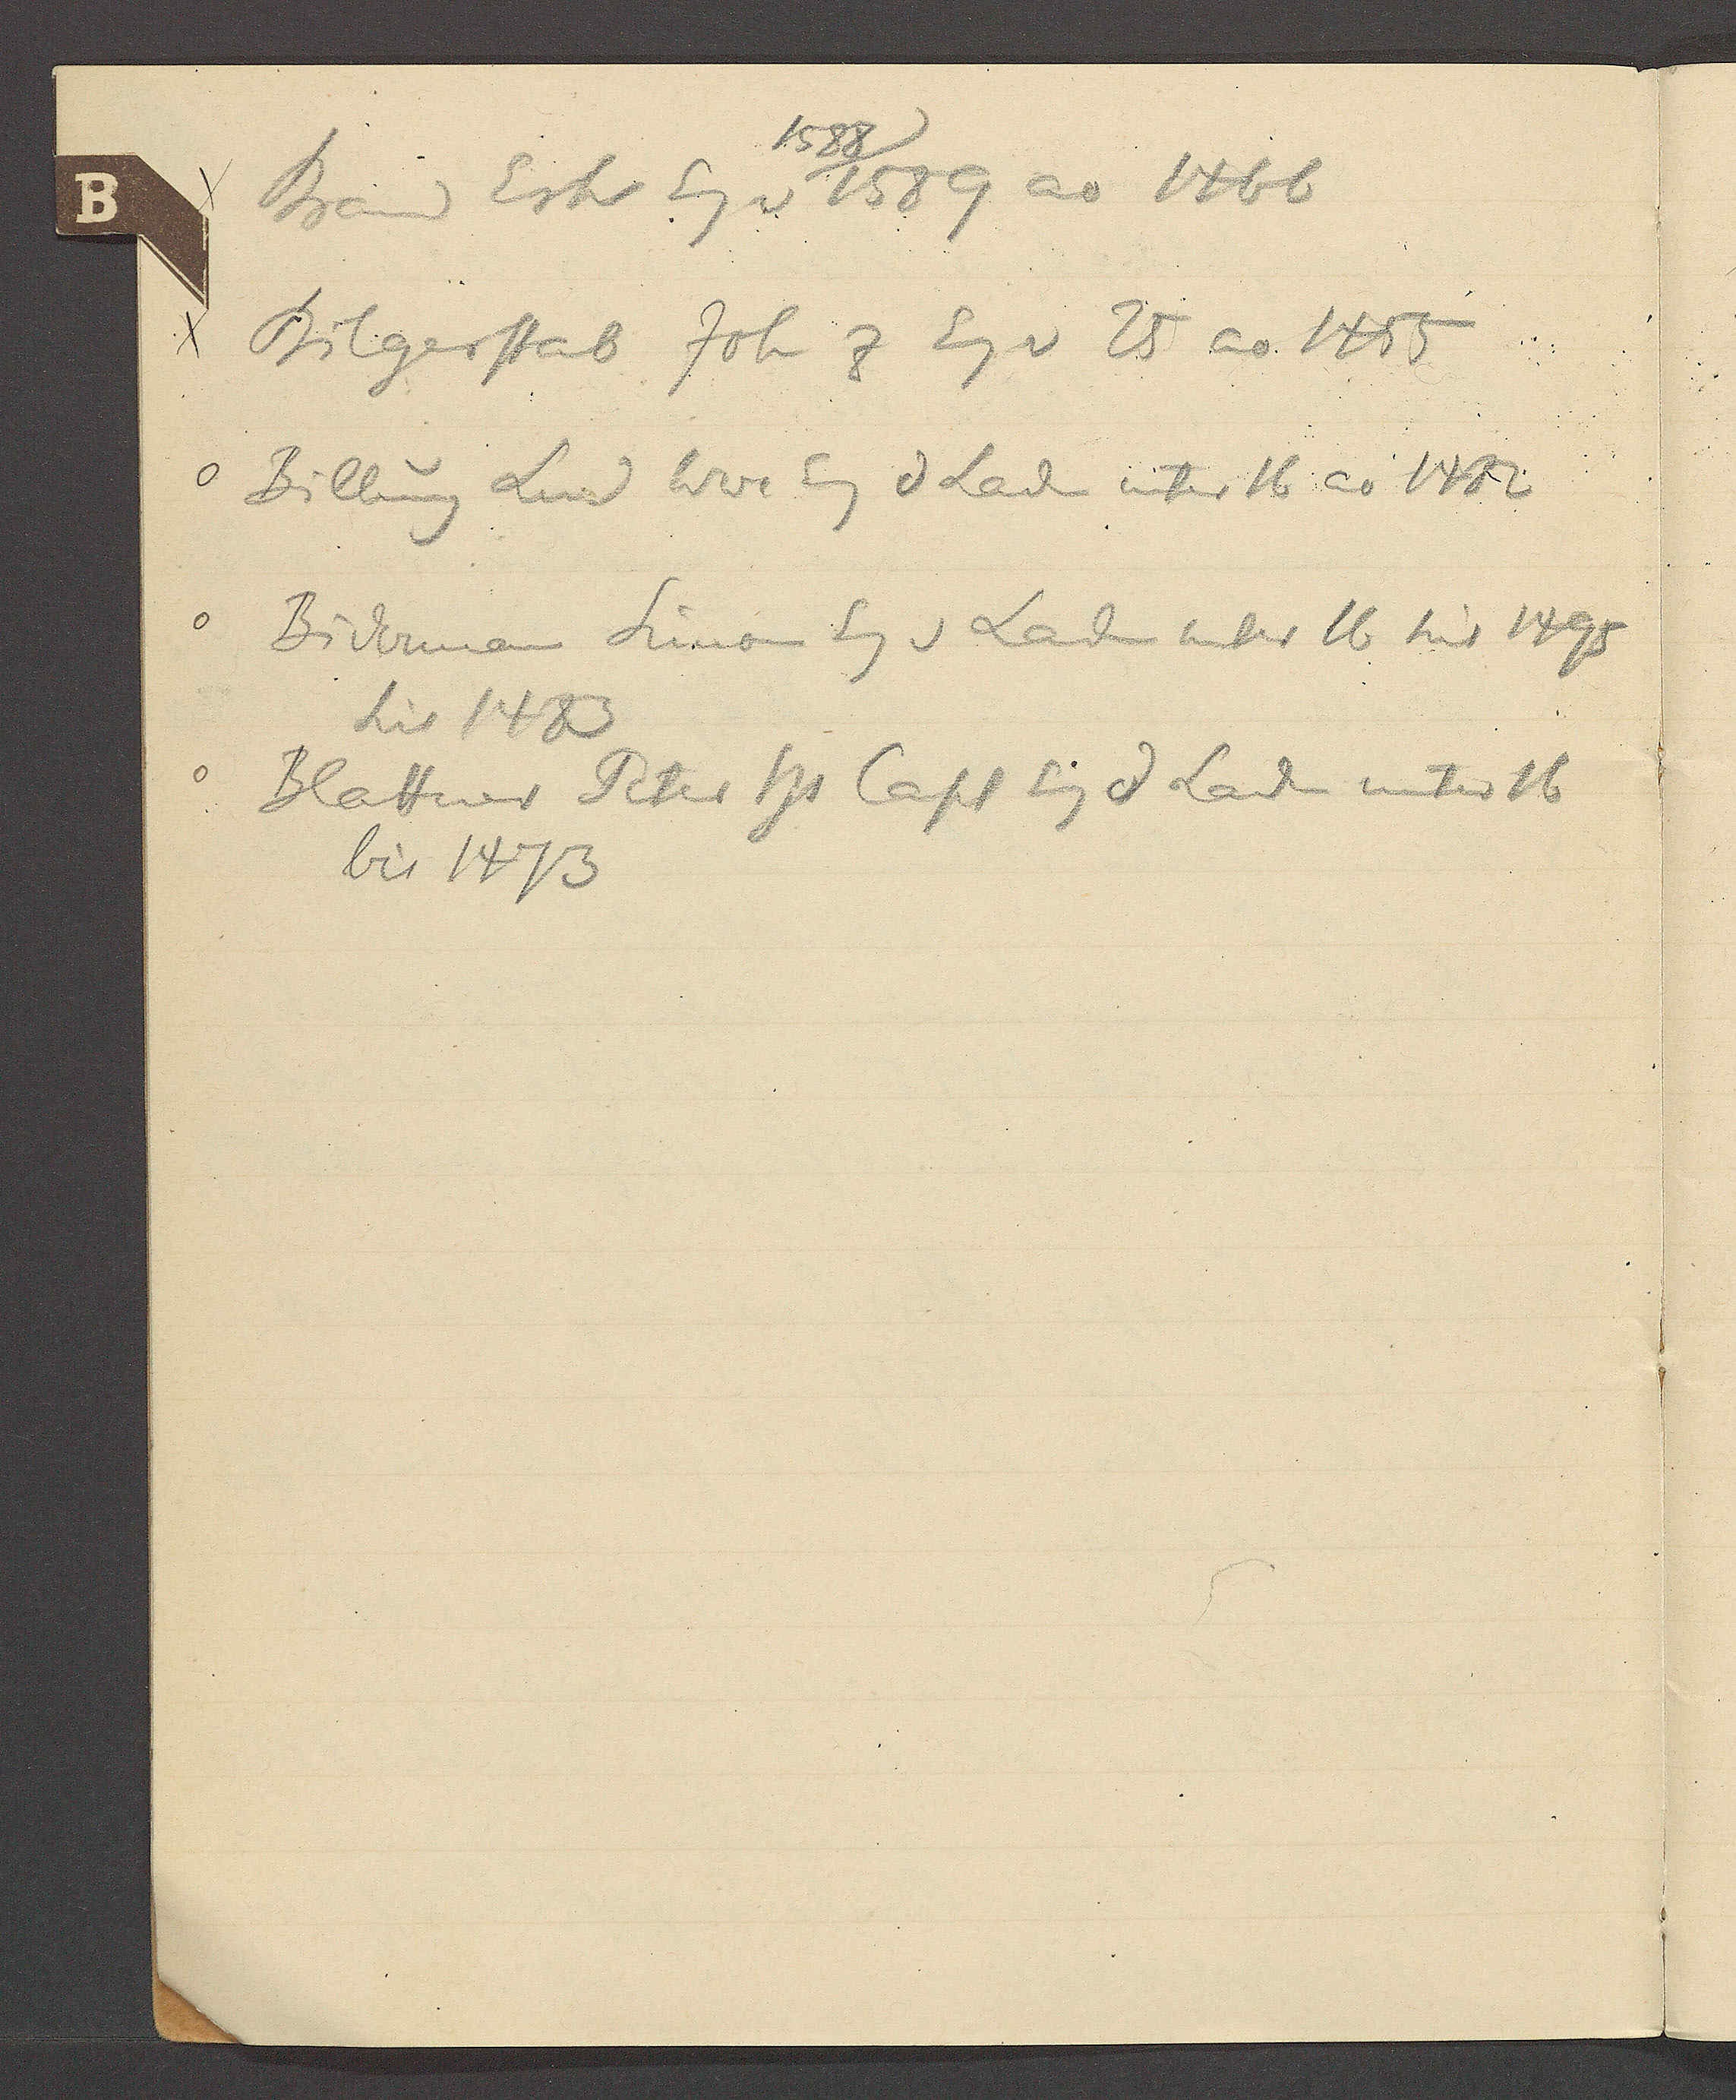
Transcript:
1588
Brand Erh Eg v 1589 ao 1466
Bilgerstab Joh z Eig v 25 ao 1455
Billung Lud Wwe Eg d Lad unter 16 ao 1482
Bidermann Simon Eg v Laden unter 16 seit 1495
seit 1483
Blattner Peter Hs Capl Eig d Laden unter 16
bis 1473